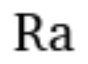
Ra